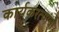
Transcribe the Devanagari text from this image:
कार्यकरत्यांची